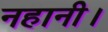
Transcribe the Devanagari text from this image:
नहानी।